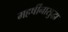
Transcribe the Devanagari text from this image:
महर्षींनासुद्धा